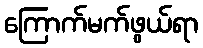
ကြောက်မက်ဖွယ်ရာ